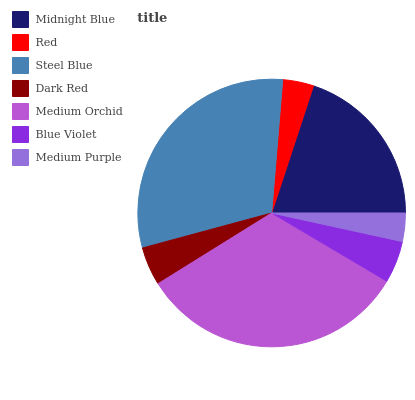
| Midnight Blue | Red | Steel Blue | Dark Red | Medium Orchid | Blue Violet | Medium Purple |
 | --- | --- | --- | --- | --- | --- | --- |
 | 19.9% | 3.74% | 30.6% | 4.66% | 32.6% | 5.09% | 3.42% |